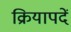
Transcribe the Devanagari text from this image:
क्रियापदें